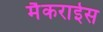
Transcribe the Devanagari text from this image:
मैकराईस